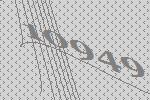
10949